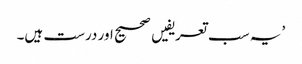
’ یہ سب تعریفیں صحیح اور درست ہیں۔